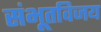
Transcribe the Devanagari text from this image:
संभूतविजय